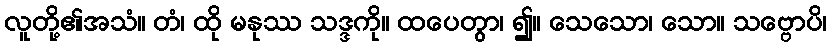
လူတို့၏အသံ။ တံ၊ ထို မနုဿ သဒ္ဒကို။ ထပေတွာ၊ ၍။ သေသော၊ သော။ သဗ္ဗောပိ၊